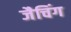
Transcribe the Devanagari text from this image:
जैचिंग